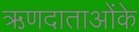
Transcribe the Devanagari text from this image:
ऋणदाताओंके